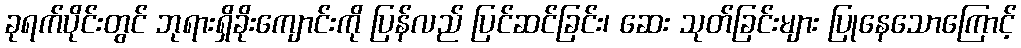
ခုရက်ပိုင်းတွင် ဘုရားရှိခိုးကျောင်းကို ပြန်လည် ပြင်ဆင်ခြင်း၊ ဆေး သုတ်ခြင်းများ ပြုနေသောကြောင့်